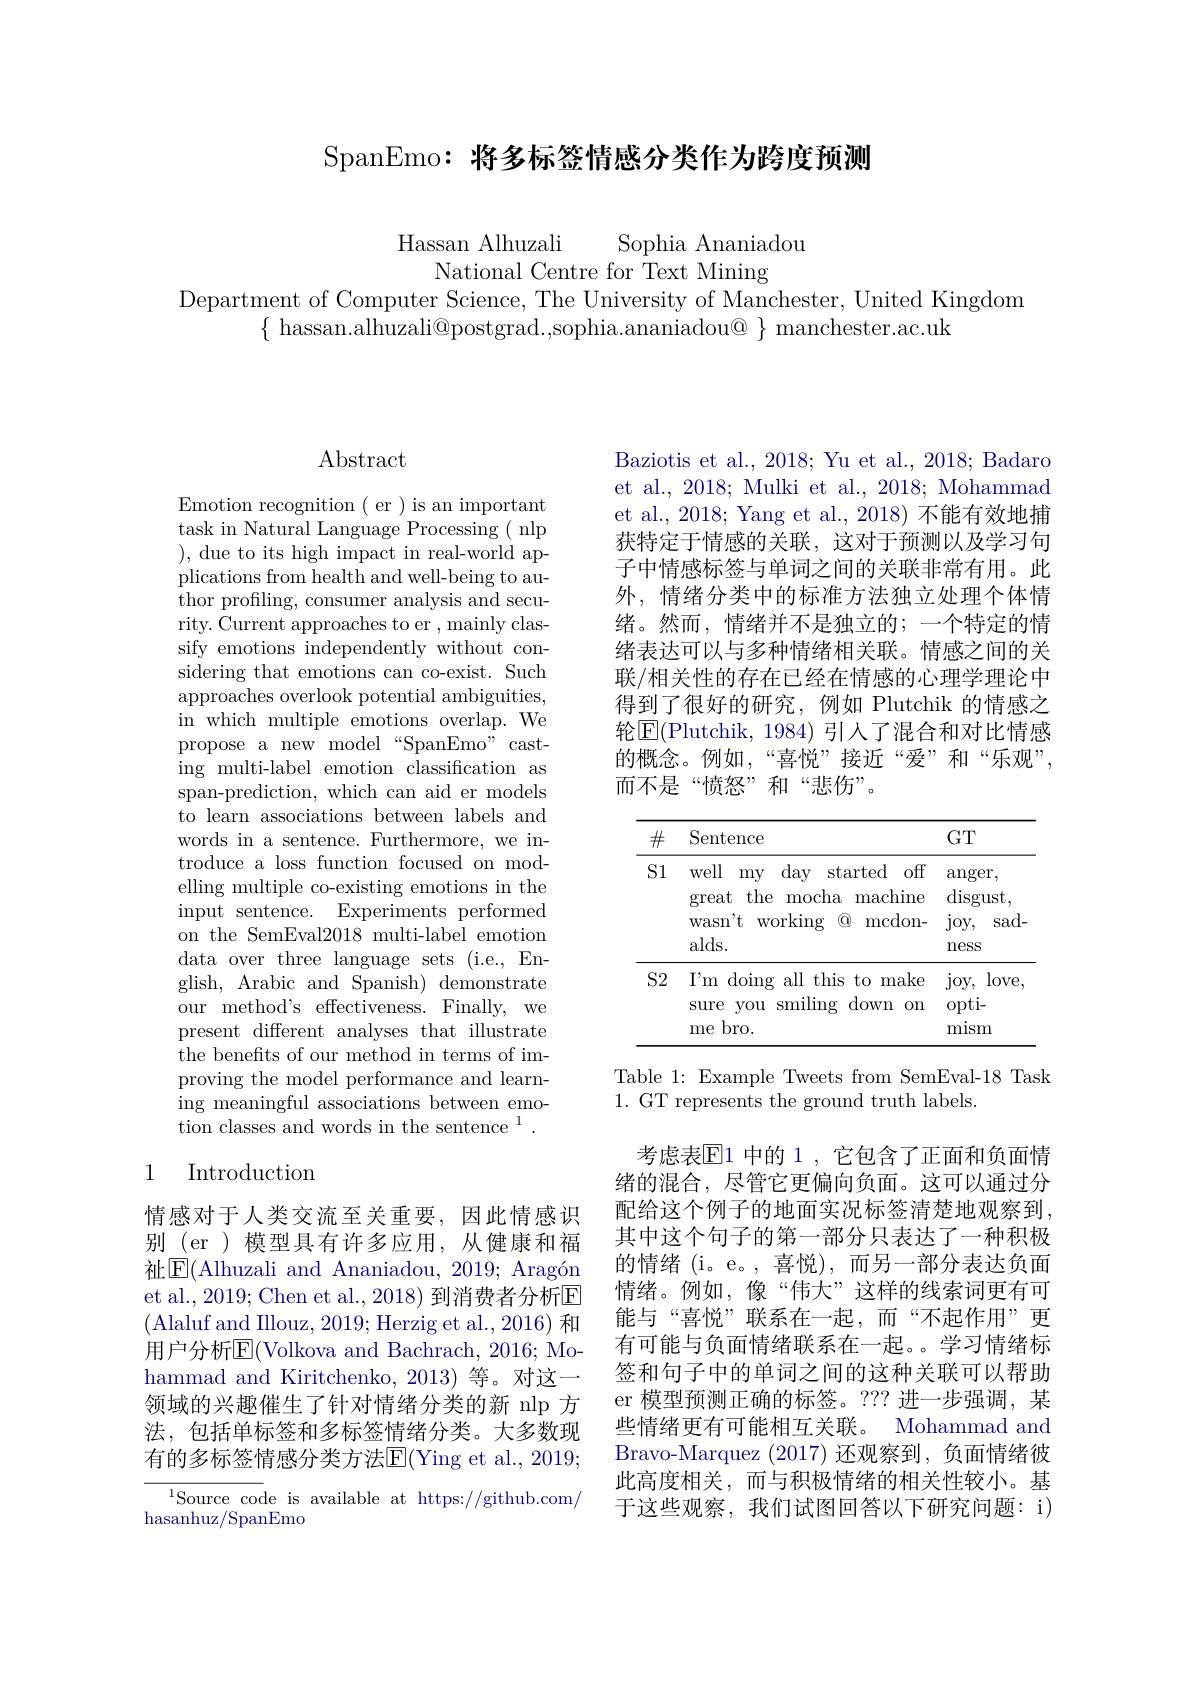
SpanEmo: 将多标签情感分类作为跨度预测

Hassan Alhuzali Sophia Ananiadou
National Centre for TextMining

Department of Computer Science, The University of Manchester, United Kingdom
$\{$ hassan.alhuzali@postgrad.,sophia.ananiadou@ $\}$ manchester.ac.uk

## $\operatorname{Abstract}$

Emotion recognition ( er ) is an important task in Natural Language Processing( nlp ),due to its high impact in real-world applications from health and well-being to author profiling, consumer analysis and security. Current approaches to er , mainly classify emotions independently without considering that emotions can co-exist. Such approaches overlook potential ambiguities, in which multiple emotions overlap. We propose a new model“SpanEmo”casting multi-label emotion classification as span-prediction, which can aid er models to learn associations between labels and words in a sentence. Furthermore, we introduce a loss function focused on modelling multiple co-existing emotions in the input sentence. Experiments performed on the SemEval2018 multi-label emotion data over three language sets (i.e., English, Arabic and Spanish) demonstrate our method's effectiveness. Finally, we present different analyses that illustrate the benefits of our method in terms of improving the model performance and learning meaningful associations between emotion classes and words in the sentence $^1.$

## 1 Introduction

情感对于人类交流至关重要，因此情感识别(er)模型具有许多应用，从健康和福祉$\boxed{\mathrm{E}}($Alhuzali and Ananiadou, 2019; Aragón et al., 2019; Chen et al., 2018) 到消费者分析区(Alaluf and Illouz, 2019; Herzig et al., 2016) 和用户分析$\overline{\mathrm{E}}($Volkova and Bachrach, 2016; Mohammad and Kiritchenko, 2013) 等。对这一领域的兴趣催生了针对情绪分类的新 nlp 方法，包括单标签和多标签情绪分类。大多数现有的多标签情感分类方法$\overline{\mathrm{E}}($Ying et al., 2019;

$^{1}$Source code is available at https://github.com/
hasanhuz/SpanEmo

Baziotis et al., 2018; Yu et al., 2018; Badaro et al., 2018; Mulki et al., 2018; Mohammad et al., 2018; Yang et al., 2018) 不能有效地捕获特定于情感的关联，这对于预测以及学习句子中情感标签与单词之间的关联非常有用。此外，情绪分类中的标准方法独立处理个体情绪。然而，情绪并不是独立的；一个特定的情绪表达可以与多种情绪相关联。情感之间的关联/相关性的存在已经在情感的心理学理论中得到了很好的研究，例如 Plutchik 的情感之轮$\overline{\mathrm{E}}($Plutchik,1984)引入了混合和对比情感的概念。例如，“喜悦”接近“爱”和“乐观” 而不是“愤怒”和“悲伤”。

<table>
	<tbody>
		<tr>
			<th>$\#$</th>
			<th>Sentence</th>
			<th>$GT$</th>
		</tr>
		<tr>
			<td rowspan="4">S1</td>
			<td>well my day started off</td>
			<td>anger,</td>
		</tr>
		<tr>
			<td>great the mocha machine</td>
			<td>$\operatorname{disgust}$,</td>
		</tr>
		<tr>
			<td>working mcdon wasn" t</td>
			<td>$joy$, $\operatorname{sad-}$</td>
		</tr>
		<tr>
			<td>alds. </td>
			<td>neSS</td>
		</tr>
		<tr>
			<td rowspan="3">$S2$</td>
			<td>$I^{\prime }$m doing all this to make</td>
			<td>$\log$e $joy$,</td>
		</tr>
		<tr>
			<td>down Sure you smiling 0n</td>
			<td>opti- </td>
		</tr>
		<tr>
			<td>$bro.$ me </td>
			<td>mism</td>
		</tr>
	</tbody>
</table>

Table 1: Example Tweets from SemEval-18 Task
1. GT represents the ground truth labels.

考虑表$\mathbb{E}$1 中的 1 ,它包含了正面和负面情绪的混合，尽管它更偏向负面。这可以通过分配给这个例子的地面实况标签清楚地观察到， 其中这个句子的第一部分只表达了一种积极的情绪(i。e。,喜悦),而另一部分表达负面情绪。例如，像“伟大”这样的线索词更有可能与“喜悦”联系在一起，而“不起作用”更有可能与负面情绪联系在一起。学习情绪标签和句子中的单词之间的这种关联可以帮助er 模型预测正确的标签。??? 进一步强调，某些情绪更有可能相互关联。Mohammad and Bravo-Marquez (2017) 还观察到，负面情绪彼此高度相关，而与积极情绪的相关性较小。基于这些观察，我们试图回答以下研究问题：i)